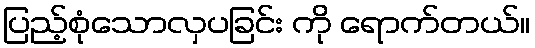
ပြည့်စုံသောလှပခြင်း ကို ရောက်တယ်။